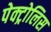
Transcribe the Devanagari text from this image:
पेक्ट्रोलिस